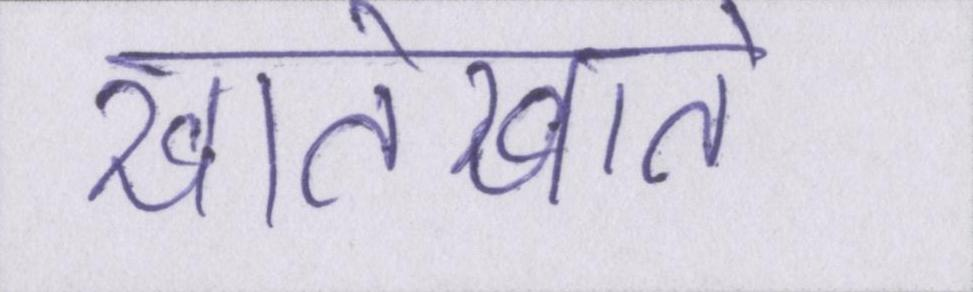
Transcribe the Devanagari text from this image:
खातेखाते